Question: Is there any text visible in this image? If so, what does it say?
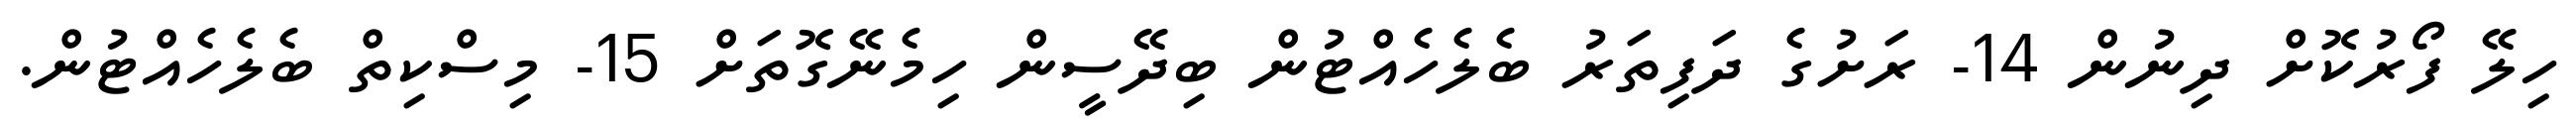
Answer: ހިލޭ ފޯރުކޮށް ދިނުން 14- ރަށުގެ ދަފިތަރު ބެލެހެއްޓުން ބިދޭސީން ހިމެނޭގޮތަށް 15- މިސްކިތް ބެލެހެއްޓުން.